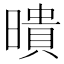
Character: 𭧫